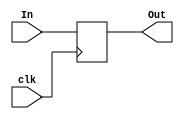
`timescale 1ns / 1ps

module tmpReg(
    input clk,
    input [31:0] In,
    output reg[31:0] Out
);
    always@(posedge clk) Out = In;
    initial Out = 0;

endmodule